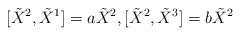
\begin{align*}[\tilde{X}^{2},\tilde{X}^{1}]=a\tilde{X}^{2},[\tilde{X}^{2},\tilde{X}^{3}]=b\tilde{X}^{2}\end{align*}